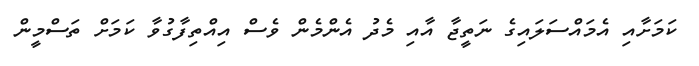
ކަމަށާއި އެމައްސަލައިގެ ނަތީޖާ އާއި މެދު އެންމެން ވެސް އިއްތިފާގުވާ ކަމަށް ތަސްމީން